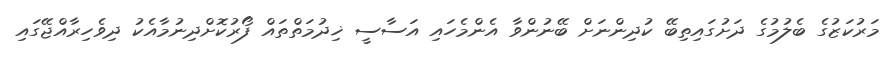
މަރުކަޒުގެ ބެލުމުގެ ދަށުގައިތިބޭ ކުދިންނަށް ބޭނުންވާ އެންމެހައި އަސާސީ ޚިދުމަތްތައް ފޯރުކޮށްދިނުމާއެކު ދިވެހިރާއްޖޭގައި